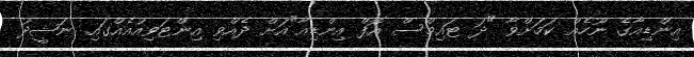
އިންޑިއާގެ ނޫހެއް ކަމަށްވާ "ދަ ޓައިމްސް އޮފް އިންޑިއާ"އަށް ދެއްވި އިންޓަވިއުއެއްގައި ނަޝީދު